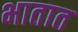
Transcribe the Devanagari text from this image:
भातात